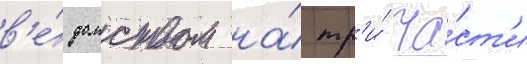
в'е́домством на́ тр'и́ ча́ст'и